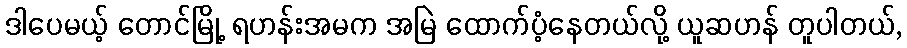
ဒါပေမယ့် တောင်မြို့ ရဟန်းအမက အမြဲ ထောက်ပံ့နေတယ်လို့ ယူဆဟန် တူပါတယ်,